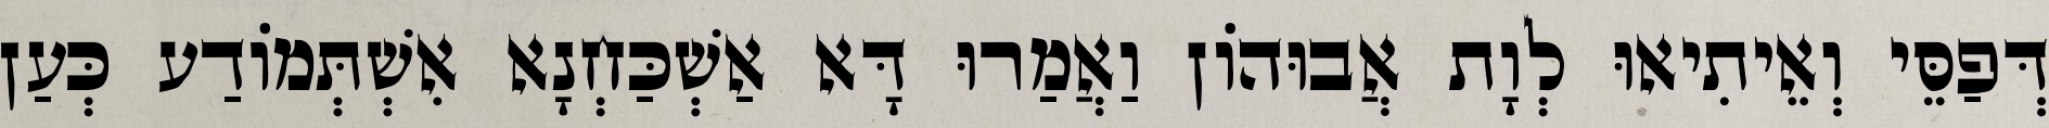
דְּפַסֵּי וְאֵיתִיאוּ לְוָת אֲבוּהוֹן וַאֲמַרוּ דָּא אַשְׁכַּחְנָא אִשְׁתְּמוֹדַע כְּעַן